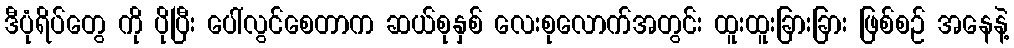
ဒီပုံရိပ်တွေ ကို ပိုပြီး ပေါ်လွင်စေတာက ဆယ်စုနှစ် လေးစုလောက်အတွင်း ထူးထူးခြားခြား ဖြစ်စဉ် အနေနဲ့